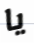
يا